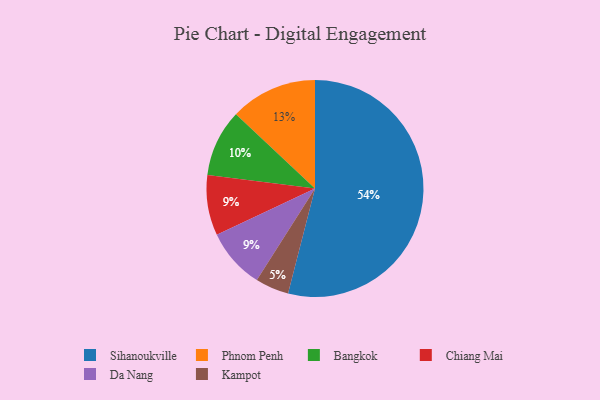
{"axis": {"x": "Category", "y": "Percentage"}, "legend": ["Bangkok", "Chiang Mai", "Da Nang", "Kampot", "Phnom Penh", "Sihanoukville"], "data": [{"x": "Chiang Mai", "y": 9, "type": "Chiang Mai"}, {"x": "Sihanoukville", "y": 54, "type": "Sihanoukville"}, {"x": "Phnom Penh", "y": 13, "type": "Phnom Penh"}, {"x": "Kampot", "y": 5, "type": "Kampot"}, {"x": "Bangkok", "y": 10, "type": "Bangkok"}, {"x": "Da Nang", "y": 9, "type": "Da Nang"}]}